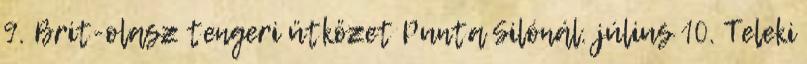
9. Brit-olasz tengeri ütközet Punta Silónál. július 10. Teleki